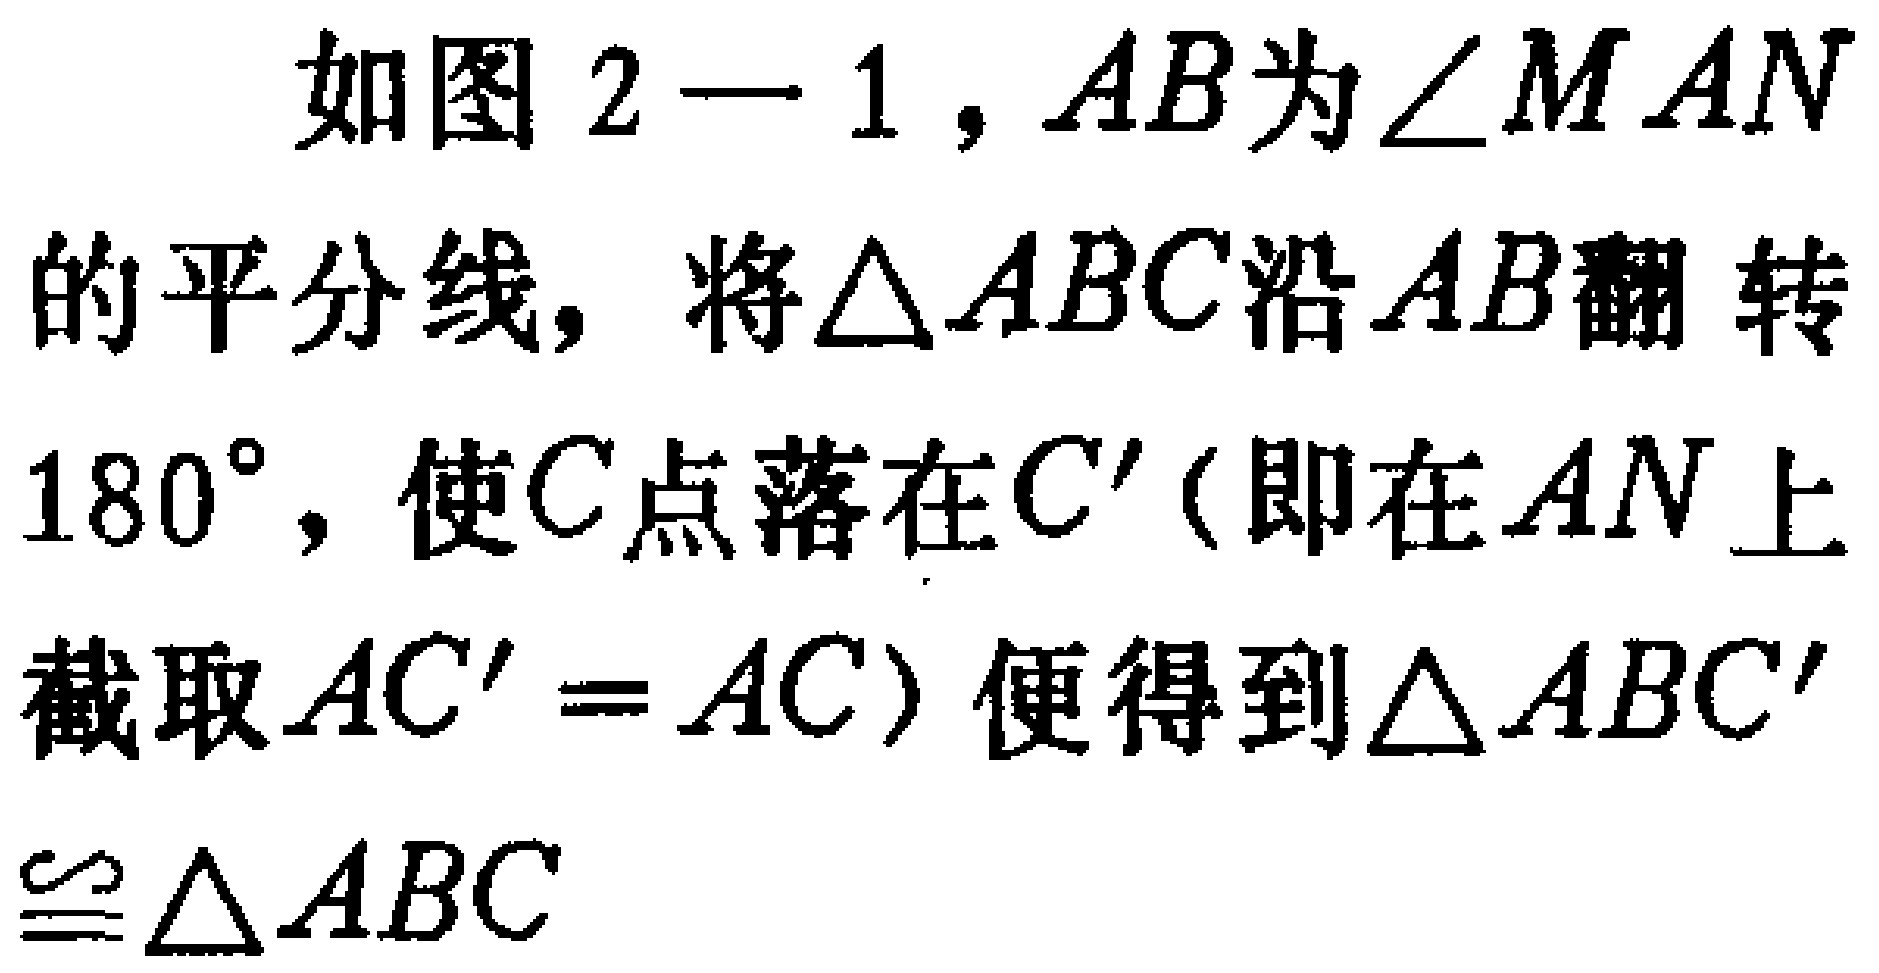
如图2—1，$AB$为$\angle MAN$的平分线，将$\triangle ABC$沿$AB$翻转$180^{\circ}$，使$C$点落在$C'$（即在$AN$上截取$AC' = AC$）便得到$\triangle ABC'\cong\triangle ABC$